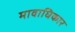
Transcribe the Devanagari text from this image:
मावाधिकार